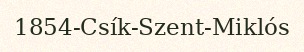
1854-Csík-Szent-Miklós